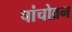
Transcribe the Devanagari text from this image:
पांचोव्रन